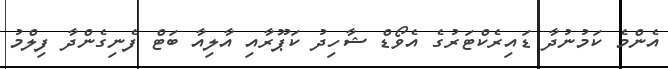
އެންމެ ކަމުނުދާ ޑައިރެކްޓަރުގެ އެވޯޑް ޝާހިދު ކަޕޫރާއި އާލިއާ ބަޓް ފެނިގެންދާ ފިލްމު